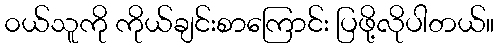
၀ယ်သူကို ကိုယ်ချင်းစာကြောင်း ပြဖို့လိုပါတယ်။